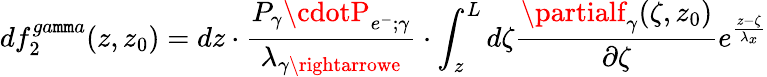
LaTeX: df_{2}^{ga\mathtt{m}\mathtt{m}a}(z,z_{0})=dz\cdot\frac{{P_{\gamma}\cdotP_{e^{-};\gamma}}}{{\lambda_{\gamma\rightarrowe}}}\cdot\int_{z}^{L}d\zeta\frac{{\partialf_{\gamma}(\zeta,z_{0})}}{{\partial\zeta}}e^{\frac{{z-\zeta}}{{\lambda_{x}}}}